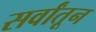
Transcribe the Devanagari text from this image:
सर्वांतून